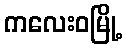
ကလေးဝမြို့